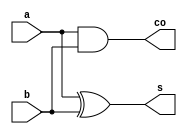
module half_adder (
	input wire a,
	input wire b,
	output wire s,
	output wire co	
);
	assign s = a ^ b;
	assign co = a & b;

endmodule